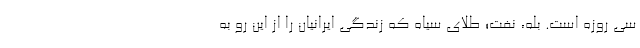
سی روزه است. بله، نفت؛ طلای سیاه که زندگی ایرانیان را از این رو به